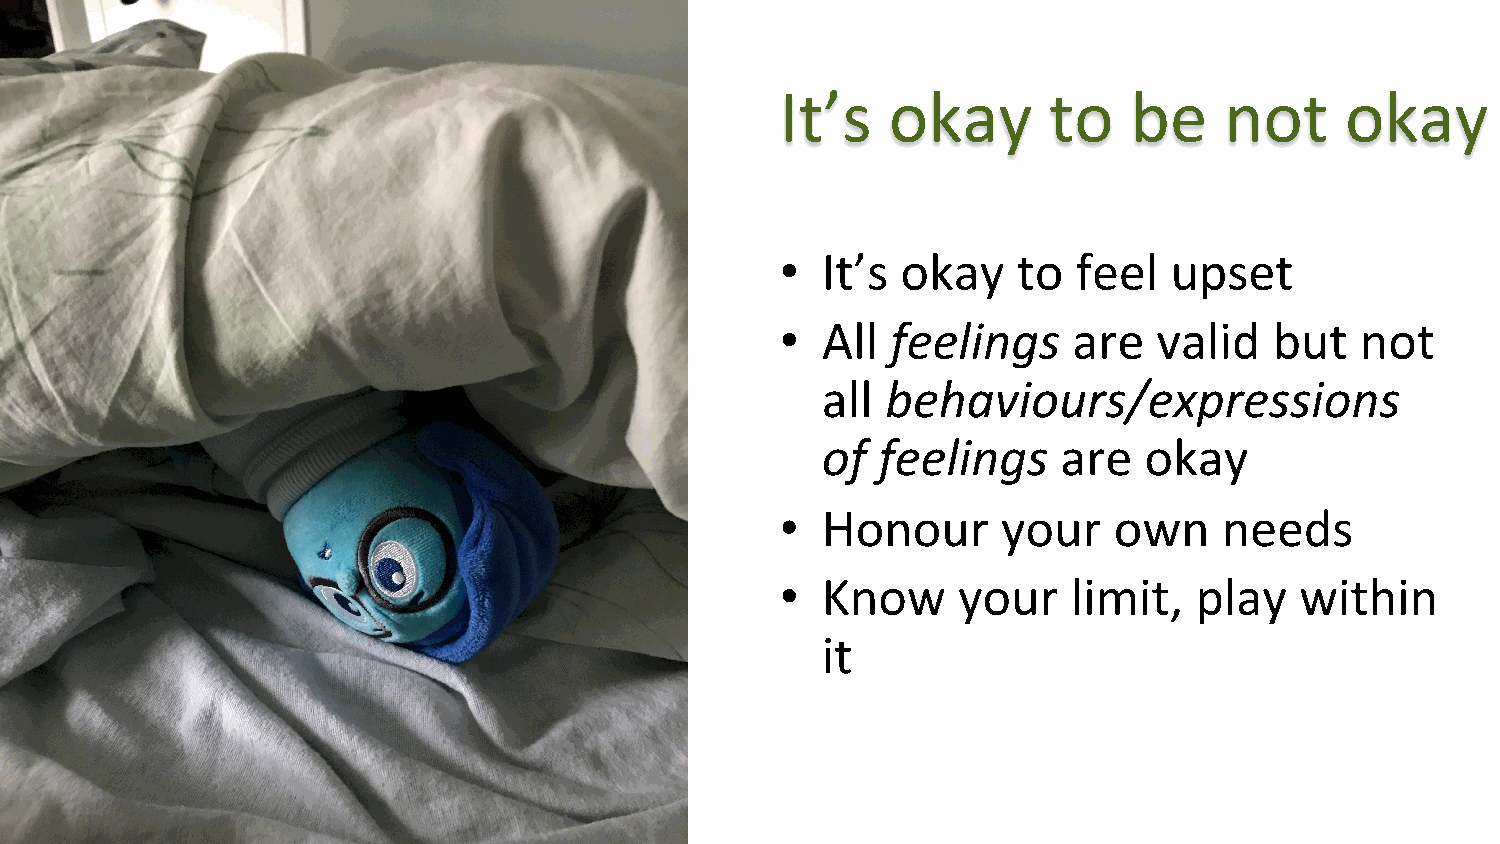
It’s   okay      to    be    not     okay
 • It’s  okay   to  feel  upset
 • All  feelings    are   valid  but   not
 all  behaviours/expressions
 of  feelings    are   okay
 • Honour      your    own    needs
 • Know     your    limit,  play   within
 it